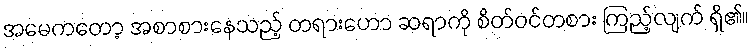
အမေကတော့ အစာစားနေသည့် တရားဟော ဆရာကို စိတ်ဝင်တစား ကြည့်လျက် ရှိ၏။